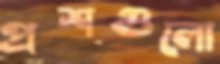
প্রশগুলো